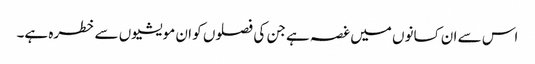
اس سے ان کسانوں میں غصہ ہے جن کی فصلوں کو ان مویشیوں سے خطرہ ہے۔